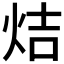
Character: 𤈄